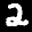
Label: 2